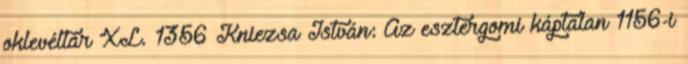
oklevéltár XL. 1356 Kniezsa István: Az esztergomi káptalan 1156-i